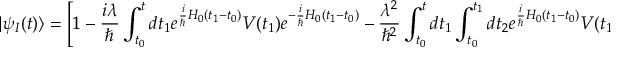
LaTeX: | \psi _ { I } ( t ) \rangle = \left[ 1 - { \frac { i \lambda } { \hbar } } \int _ { t _ { 0 } } ^ { t } d t _ { 1 } e ^ { { \frac { i } { \hbar } } H _ { 0 } ( t _ { 1 } - t _ { 0 } ) } V ( t _ { 1 } ) e ^ { - { \frac { i } { \hbar } } H _ { 0 } ( t _ { 1 } - t _ { 0 } ) } - { \frac { \lambda ^ { 2 } } { \hbar ^ { 2 } } } \int _ { t _ { 0 } } ^ { t } d t _ { 1 } \int _ { t _ { 0 } } ^ { t _ { 1 } } d t _ { 2 } e ^ { { \frac { i } { \hbar } } H _ { 0 } ( t _ { 1 } - t _ { 0 } ) } V ( t _ { 1 } ) e ^ { - { \frac { i } { \hbar } } H _ { 0 } ( t _ { 1 } - t _ { 0 } ) } e ^ { { \frac { i } { \hbar } } H _ { 0 } ( t _ { 2 } - t _ { 0 } ) } V ( t _ { 2 } ) e ^ { - { \frac { i } { \hbar } } H _ { 0 } ( t _ { 2 } - t _ { 0 } ) } + \ldots \right] | \psi ( t _ { 0 } ) \rangle ~ ,